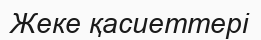
Жеке қасиеттері